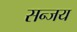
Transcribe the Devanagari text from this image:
सन्जय